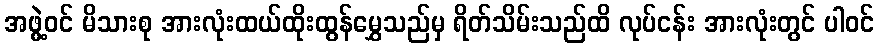
အဖွဲ့ဝင် မိသားစု အားလုံးထယ်ထိုးထွန်မွှေသည်မှ ရိတ်သိမ်းသည်ထိ လုပ်ငန်း အားလုံးတွင် ပါဝင်